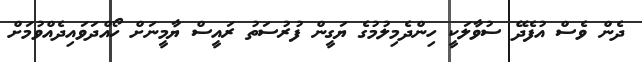
ދެން ވެސް އުފެދޭ ސުވާލަކީ ހިންދެމިލުމުގެ ޔަގީން ފުރުސަތު ރައީސް ޔާމީނަށް ހޯއްދަވައިދެއްވުމަށް